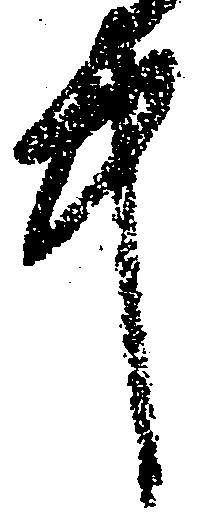
中